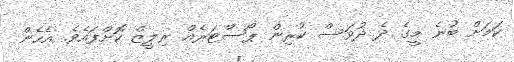
ކަމަށް ބުނެ މީގެ ދެ ދުވަސް ކުރިން ޕޯސްޓަރެއް ރިލީޒް ކޮށްފައެވެ. އެހެން